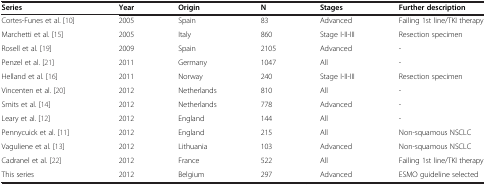
<table><thead><tr><td><b>Series</b></td><td><b>Year</b></td><td><b>Origin</b></td><td><b>N</b></td><td><b>Stages</b></td><td><b>Further description</b></td></tr></thead><tbody><tr><td>Cortes-Funes et al. [10]</td><td>2005</td><td>Spain</td><td>83</td><td>Advanced</td><td>Failing 1st line/TKI therapy</td></tr><tr><td>Marchetti et al. [15]</td><td>2005</td><td>Italy</td><td>860</td><td>Stage I-II-III</td><td>Resection specimen</td></tr><tr><td>Rosell et al. [19]</td><td>2009</td><td>Spain</td><td>2105</td><td>Advanced</td><td>-</td></tr><tr><td>Penzel et al. [21]</td><td>2011</td><td>Germany</td><td>1047</td><td>All</td><td>-</td></tr><tr><td>Helland et al. [16]</td><td>2011</td><td>Norway</td><td>240</td><td>Stage I-II-III</td><td>Resection specimen</td></tr><tr><td>Vincenten et al. [20]</td><td>2012</td><td>Netherlands</td><td>810</td><td>All</td><td>-</td></tr><tr><td>Smits et al. [14]</td><td>2012</td><td>Netherlands</td><td>778</td><td>Advanced</td><td>-</td></tr><tr><td>Leary et al. [12]</td><td>2012</td><td>England</td><td>144</td><td>All</td><td>-</td></tr><tr><td>Pennycuick et al. [11]</td><td>2012</td><td>England</td><td>215</td><td>All</td><td>Non-squamous NSCLC</td></tr><tr><td>Vaguliene et al. [13]</td><td>2012</td><td>Lithuania</td><td>103</td><td>Advanced</td><td>Non-squamous NSCLC</td></tr><tr><td>Cadranel et al. [22]</td><td>2012</td><td>France</td><td>522</td><td>All</td><td>Failing 1st line/TKI therapy</td></tr><tr><td>This series</td><td>2012</td><td>Belgium</td><td>297</td><td>Advanced</td><td>ESMO guideline selected</td></tr></tbody></table>